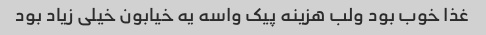
غذا خوب بود ولب هزینه پیک واسه یه خیابون خیلی زیاد بود